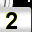
Digit: 2